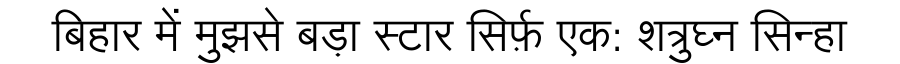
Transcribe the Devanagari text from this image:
बिहार में मुझसे बड़ा स्टार सिर्फ़ एक: शत्रुघ्न सिन्हा